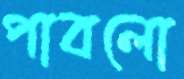
পাবলো